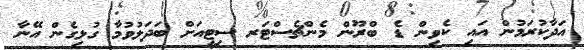
އަދާކުރަމުން އައި ކެވިން ޑެ ބްރޫން މެންޗެސްޓަރ ސިޓީއަށް ބަދަލުވުމާ ގުޅިގެން އޭނާ